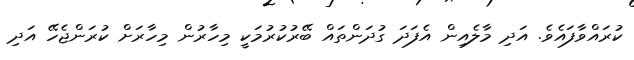
ކުރައްވާފައެވެ. އަދި މާލެއިން އެފަދަ ގުދަންތައް ބޭރުކުރުމަކީ މިހާރުން މިހާރަށް ކުރަންޖެހޭ އަދި